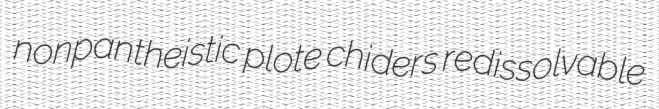
nonpantheistic plote chiders redissolvable